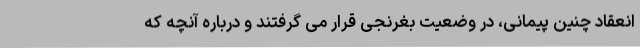
انعقاد چنین پیمانی، در وضعیت بغرنجی قرار می گرفتند و درباره آنچه که